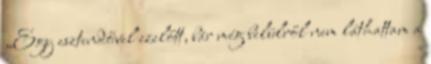
„Egy esztendővel ezelőtt, bár még belülről nem láthattam a